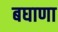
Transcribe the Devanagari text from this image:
बघाणा